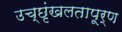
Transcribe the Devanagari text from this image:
उच्छृंखलतापूर्ण